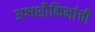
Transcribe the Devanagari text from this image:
अश्वशौकिनांची